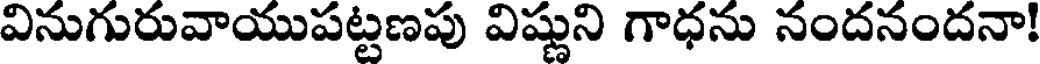
వినుగురువాయుపట్టణపు విష్ణుని గాధను నందనందనా!